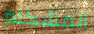
المشكلة